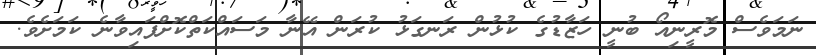
ނަމަވެސް މޮރީނިއޯ ބުނީ ހަޒާޑުގެ ކުޅުން ރަނގަޅު ކުރަން އޭނާ މަސައްކަތްކޮށްފައިވާނެ ކަމަށެވެ.